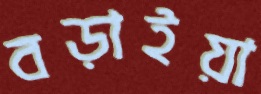
বড়াইয়া